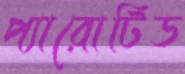
প্যারোটিড